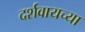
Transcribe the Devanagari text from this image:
दर्शवायच्या